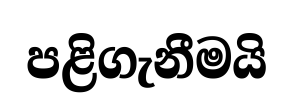
පළිගැනීමයි